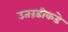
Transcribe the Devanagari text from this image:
उतरंडीकडे